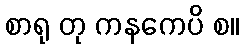
စာရု တု ကနကေပိ စ။